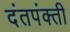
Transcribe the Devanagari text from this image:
दंतपंक्ती